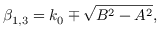
\beta _ { 1 , 3 } = k _ { 0 } \mp \sqrt { B ^ { 2 } - A ^ { 2 } } ,